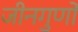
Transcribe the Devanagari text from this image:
जीनगुणों